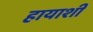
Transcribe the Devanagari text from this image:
हायाशी